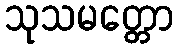
သုသမတ္တော